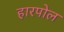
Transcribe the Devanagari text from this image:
हारपोल